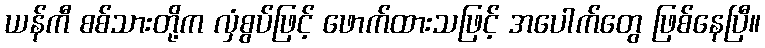
ယန်ကီ စစ်သားတို့က လှံစွပ်ဖြင့် ဖောက်ထားသဖြင့် အပေါက်တွေ ဖြစ်နေပြီ။